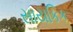
સાયકિક